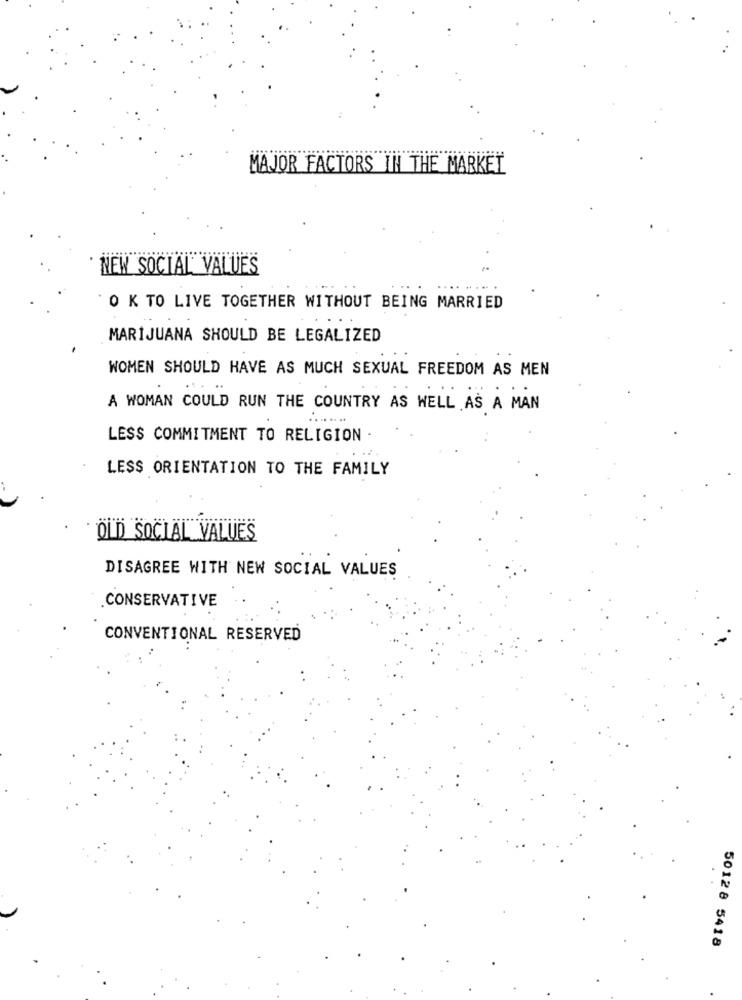
MAJOR FACTORS IN THE MARKET
NEW SOCIAL VALUES
O K TO LIVE TOGETHER WITHOUT BEING MARRIED
MARIJUANA SHOULD BE LEGALIZED
WOMEN SHOULD HAVE AS MUCH SEXUAL FREEDOM AS MEN
A WOMAN COULD RUN THE COUNTRY AS WELL AS A MAN
LESS COMMITMENT TO RELIGION
LESS ORIENTATION TO THE FAMILY
ÖLD SOCIAL VALUES
DISAGREE WITH NEW SOCIAL VALUES
.CONSERVATIVE
CONVENTIONAL RESERVED
50128 5418